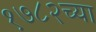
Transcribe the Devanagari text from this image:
१७८२च्या